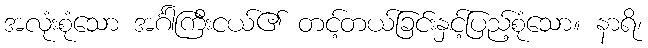
အလုံးစုံသော အင်္ဂါကြီးငယ်၏ တင့်တယ်ခြင်းနှင့်ပြည့်စုံသော။ နာရိ၊